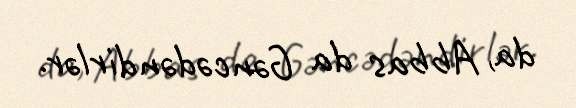
da, Abbas da Gəncədəndirlər.